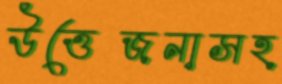
উত্তেজনাসহ